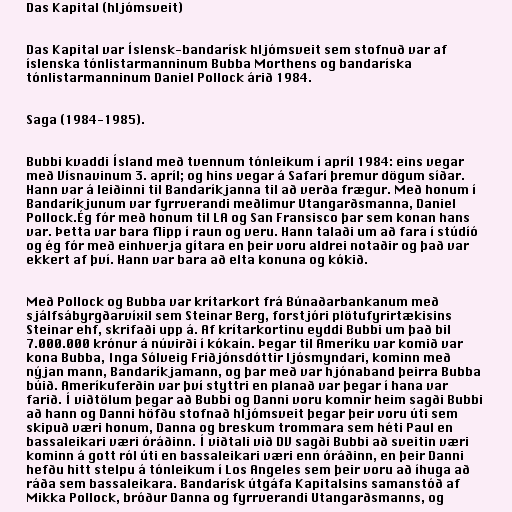
Das Kapital (hljómsveit)

Das Kapital var Íslensk-bandarísk hljómsveit sem stofnuð var af
íslenska tónlistarmanninum Bubba Morthens og bandaríska
tónlistarmanninum Daniel Pollock árið 1984.

Saga (1984-1985).

Bubbi kvaddi Ísland með tvennum tónleikum í apríl 1984: eins vegar
með Vísnavinum 3. apríl; og hins vegar á Safarí þremur dögum síðar.
Hann var á leiðinni til Bandaríkjanna til að verða frægur. Með honum í
Bandaríkjunum var fyrrverandi meðlimur Utangarðsmanna, Daniel
Pollock.Ég fór með honum til LA og San Fransisco þar sem konan hans
var. Þetta var bara flipp í raun og veru. Hann talaði um að fara í stúdíó
og ég fór með einhverja gítara en þeir voru aldrei notaðir og það var
ekkert af því. Hann var bara að elta konuna og kókið.

Með Pollock og Bubba var krítarkort frá Búnaðarbankanum með
sjálfsábyrgðarvíxil sem Steinar Berg, forstjóri plötufyrirtækisins
Steinar ehf, skrifaði upp á. Af krítarkortinu eyddi Bubbi um það bil
7.000.000 krónur á núvirði í kókaín. Þegar til Ameríku var komið var
kona Bubba, Inga Sólveig Friðjónsdóttir ljósmyndari, kominn með
nýjan mann, Bandaríkjamann, og þar með var hjónaband þeirra Bubba
búið. Ameríkuferðin var því styttri en planað var þegar í hana var
farið. Í viðtölum þegar að Bubbi og Danni voru komnir heim sagði Bubbi
að hann og Danni höfðu stofnað hljómsveit þegar þeir voru úti sem
skipuð væri honum, Danna og breskum trommara sem héti Paul en
bassaleikari væri óráðinn. Í viðtali við DV sagði Bubbi að sveitin væri
kominn á gott ról úti en bassaleikari væri enn óráðinn, en þeir Danni
hefðu hitt stelpu á tónleikum í Los Angeles sem þeir voru að íhuga að
ráða sem bassaleikara. Bandarísk útgáfa Kapitalsins samanstóð af
Mikka Pollock, bróður Danna og fyrrverandi Utangarðsmanns, og